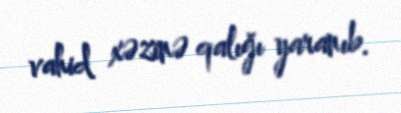
vahid xəzinə qalığı yaranıb.